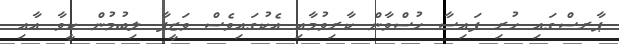
ޕާރސްގައި ހުރި ފައިސާ ހުސްވާން ކާރިވުމާއި އެކުގައިވެސް ވަޒީފާ ލިބުމުން ކީވާ އާއި